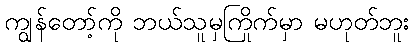
ကျွန်တော့်ကို ဘယ်သူမှကြိုက်မှာ မဟုတ်ဘူး